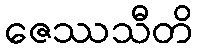
ဇေဿသီတိ